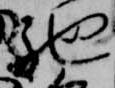
馳